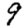
Digit: 9